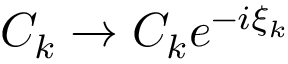
C _ { k } \rightarrow C _ { k } e ^ { - i \xi _ { k } }